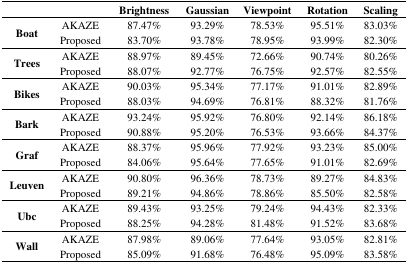
<table><thead><tr><td></td><td></td><td><b>Brightness</b></td><td><b>Gaussian</b></td><td><b>Viewpoint</b></td><td><b>Rotation</b></td><td><b>Scaling</b></td></tr></thead><tbody><tr><td rowspan="2"><b>Boat</b></td><td>AKAZE</td><td>87.47%</td><td>93.29%</td><td>78.53%</td><td>95.51%</td><td>83.03%</td></tr><tr><td>Proposed</td><td>83.70%</td><td>93.78%</td><td>78.95%</td><td>93.99%</td><td>82.30%</td></tr><tr><td rowspan="2"><b>Trees</b></td><td>AKAZE</td><td>88.97%</td><td>89.45%</td><td>72.66%</td><td>90.74%</td><td>80.26%</td></tr><tr><td>Proposed</td><td>88.07%</td><td>92.77%</td><td>76.75%</td><td>92.57%</td><td>82.55%</td></tr><tr><td rowspan="2"><b>Bikes</b></td><td>AKAZE</td><td>90.03%</td><td>95.34%</td><td>77.17%</td><td>91.01%</td><td>82.89%</td></tr><tr><td>Proposed</td><td>88.03%</td><td>94.69%</td><td>76.81%</td><td>88.32%</td><td>81.76%</td></tr><tr><td rowspan="2"><b>Bark</b></td><td>AKAZE</td><td>93.24%</td><td>95.92%</td><td>76.80%</td><td>92.14%</td><td>86.18%</td></tr><tr><td>Proposed</td><td>90.88%</td><td>95.20%</td><td>76.53%</td><td>93.66%</td><td>84.37%</td></tr><tr><td rowspan="2"><b>Graf</b></td><td>AKAZE</td><td>88.37%</td><td>95.96%</td><td>77.92%</td><td>93.23%</td><td>85.00%</td></tr><tr><td>Proposed</td><td>84.06%</td><td>95.64%</td><td>77.65%</td><td>91.01%</td><td>82.69%</td></tr><tr><td rowspan="2"><b>Leuven</b></td><td>AKAZE</td><td>90.80%</td><td>96.36%</td><td>78.73%</td><td>89.27%</td><td>84.83%</td></tr><tr><td>Proposed</td><td>89.21%</td><td>94.86%</td><td>78.86%</td><td>85.50%</td><td>82.58%</td></tr><tr><td rowspan="2"><b>Ubc</b></td><td>AKAZE</td><td>89.43%</td><td>93.25%</td><td>79.24%</td><td>94.43%</td><td>82.33%</td></tr><tr><td>Proposed</td><td>88.25%</td><td>94.28%</td><td>81.48%</td><td>91.52%</td><td>83.68%</td></tr><tr><td rowspan="2"><b>Wall</b></td><td>AKAZE</td><td>87.98%</td><td>89.06%</td><td>77.64%</td><td>93.05%</td><td>82.81%</td></tr><tr><td>Proposed</td><td>85.09%</td><td>91.68%</td><td>76.48%</td><td>95.09%</td><td>83.58%</td></tr></tbody></table>